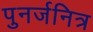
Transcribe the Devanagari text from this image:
पुनर्जनित्र